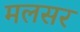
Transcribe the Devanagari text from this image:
मलसर